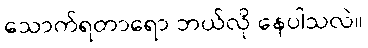
သောက်ရတာရော ဘယ်လို နေပါသလဲ။